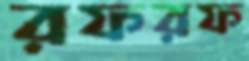
রফরফ